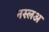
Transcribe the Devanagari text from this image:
नस्लअ